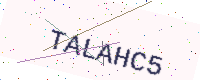
Text: TALAHC5